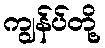
ကျွန်ပ်တို့